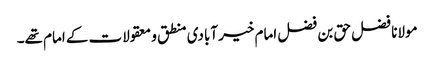
مولانا فضل حق بن فضل امام خیر آبادی منطق و معقولات کے امام تھے۔